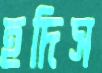
হদিস